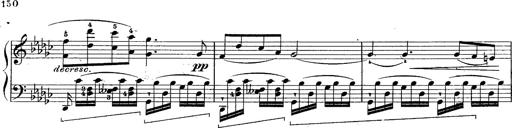
Title: Schubert's Impromptus [revised and edited by Franz Liszt]
Composer: Franz Liszt